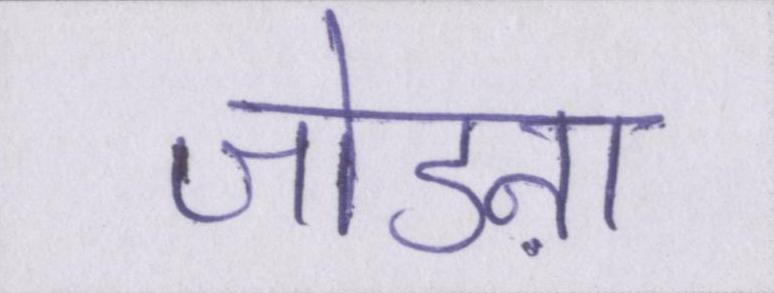
जोडऩा